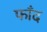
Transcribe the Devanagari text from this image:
फाँद